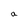
Character: a